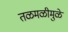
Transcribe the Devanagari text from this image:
तळमळीमुळे